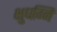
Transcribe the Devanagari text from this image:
क्षुधग्नि